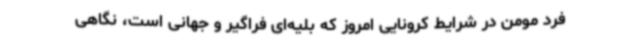
فرد مومن در شرایط کرونایی امروز که بلیه‌ای فراگیر و جهانی است، نگاهی